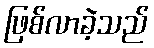
ဖြစ်လာခဲ့သည်